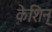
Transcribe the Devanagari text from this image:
केशिन्